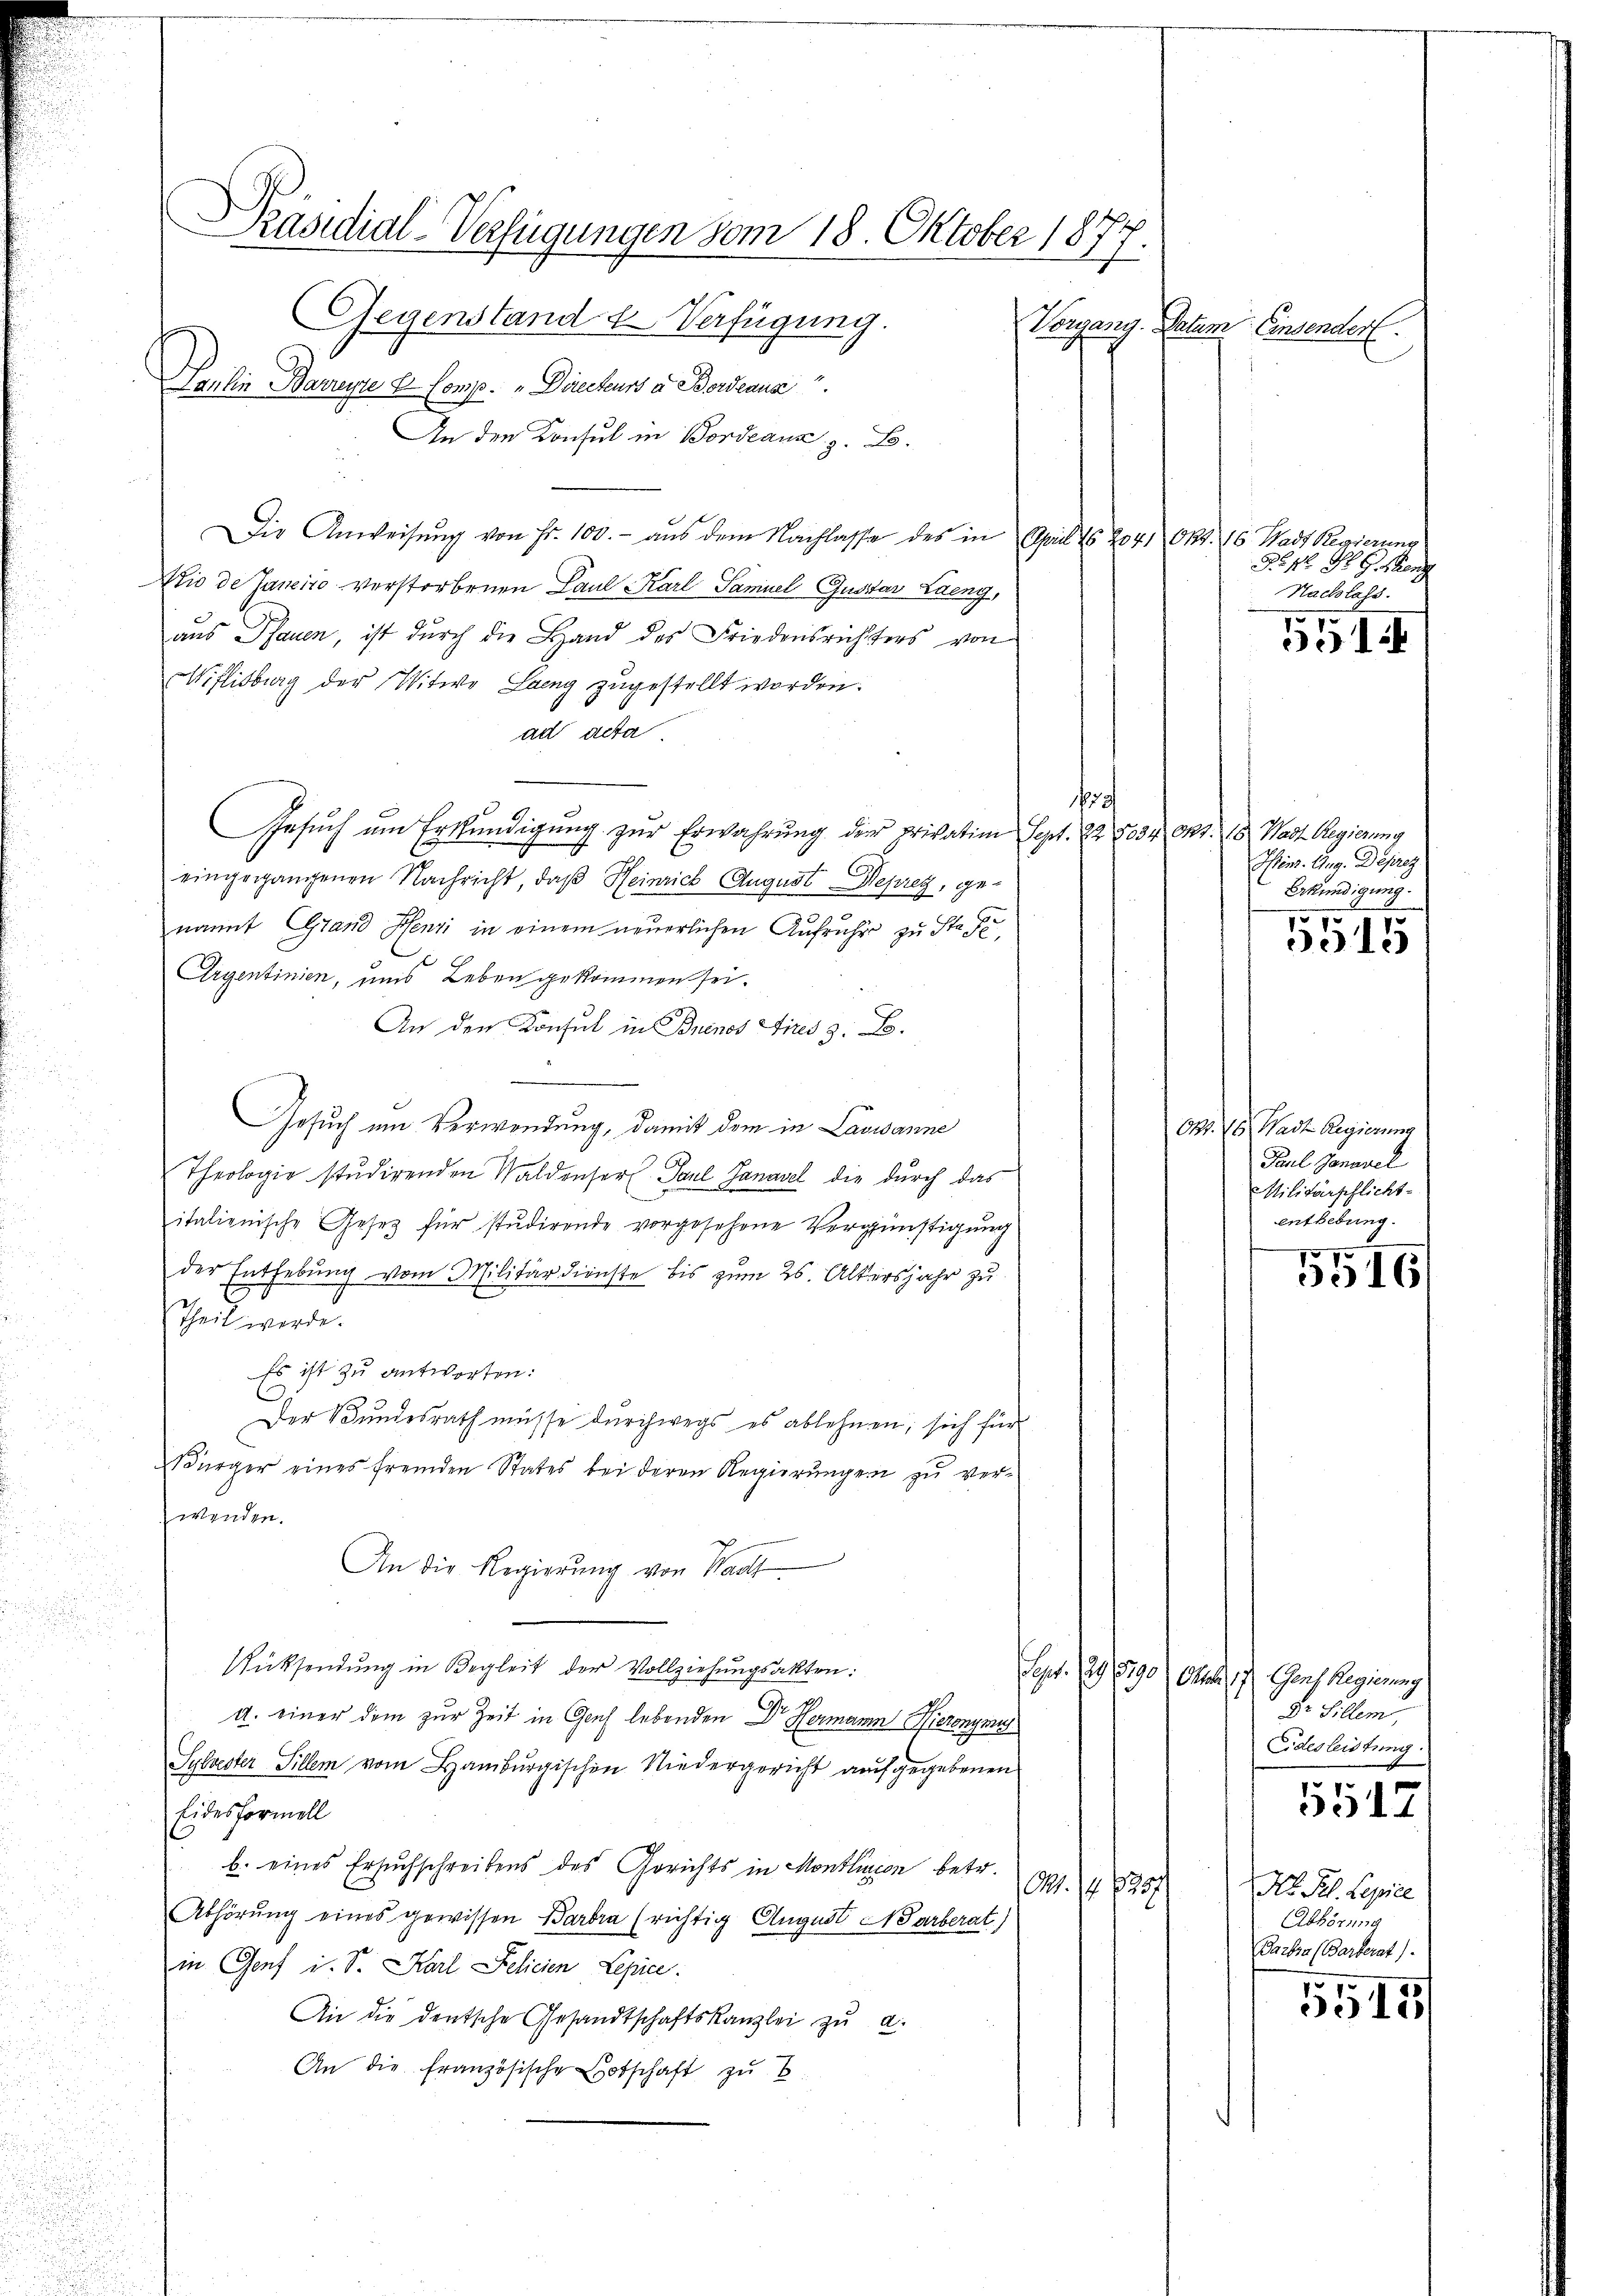
Präsidial-Verfügungen vom 18. Oktober 1877
Gegenstand u. Verfügung.
Vorgang. Datum Einsender.
Paulin Barreise er Comp. " Directeurs an Bordeaus

An den Konsul in Bordeaun z. B.
Die Anweisŭng von Fr. 100.- aus dem Nachlasse des in April 16 204. Okt. 16. Stadt Regierung
Nie de Janeiro verstorbenen Paul Karl Samuel Gustar Laeng,
aus Pfauen, ist durch die Hand des Friedensrichters von
Wiflisburg der Witwe Lang zugestellt worden.
ad acta
19
Gesuch am Erkundigung zur Erwahrung der privation Sept. 22. 5034 Okt. 18. Wast. Regierung
eingegangenen Nachricht, daß Heinrich August Depret, ge-
nannt Grand Henzi in einem neuerlichen Aufrüher zu Stadt,
Argentinien, ums Leben gekommen sei.
An den Konsul in Buenos Aires z. B.
Gesuch um Verwendung, damit dem in Lausanne
Theologie studirenden Waldenser Paul Sanasel die durch das
italienische Gesetz für studirende vorgesehene Vergünstigŭng
der Enthebung vom Militärdienste bis zum 26. Altersjahr zu
Theil werde.
Es ist zu antworten:
Der Bundesrath müsse durchwegs es ablehnen, sich für
Bürger eines fremden States bei deren Regierungen zu verwenden.
An die Regierung von Wadt.
.
Rücksendung in Begleit der Vollziehungsakten:
u. einer dem zur Zeit in Genf lebenden Dr Hermann Hieronymus
Sylvester Sillem vom Hamburgischen Niedergericht aufgegebenen
Eidesformell
b. eines Ersuchschreibens des Gerichts in Montinion betr.
71.

Abhörung eines gewissen Barbia (richtig August Harberat)
in Genf i. S. Karl Pelicien Lepice.
An die deutsche Gesandtschaftskanzlei zŭ a.
An die französische Botschaft zu B

§546 R. G. Wen
Nachlass.

551.

Iinz. Aug. Deprez.
Erkundigung.
5515

Ort. 16. Hast Regierung
Paul Jonasel
MMilitärschlicht
enthebung.

5516

Sept. 129. 1790 Okt. 17) Ganz Regierung
Dr. Hillem,
Eidesleistung.
Ho. Pel. Sepie
Abhörung
Parbia (Barterat)

5517

5515/